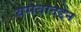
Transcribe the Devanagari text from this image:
यसबादद्देन